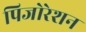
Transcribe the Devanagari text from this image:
पिजोरेशन